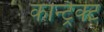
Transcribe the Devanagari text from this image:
कान्ट्रैक्ट